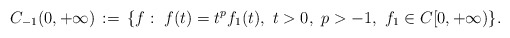
\begin{align*}C_{-1}(0,+\infty)\, := \, \{f:\ f(t)=t^{p}f_1(t),\ t>0,\ p > -1,\ f_1\in C[0,+\infty)\}.\end{align*}